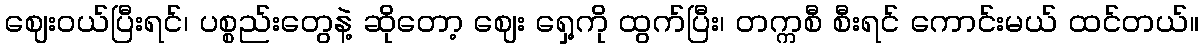
ဈေးဝယ်ပြီးရင်၊ ပစ္စည်းတွေနဲ့ ဆိုတော့ ဈေး ရှေ့ကို ထွက်ပြီး၊ တက္ကစီ စီးရင် ကောင်းမယ် ထင်တယ်။